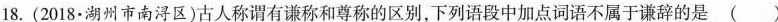
18. (2018·湖州市南浔区)古人称谓有谦称和尊称的区别，下列语段中加点词语不属于谦辞的是 ()